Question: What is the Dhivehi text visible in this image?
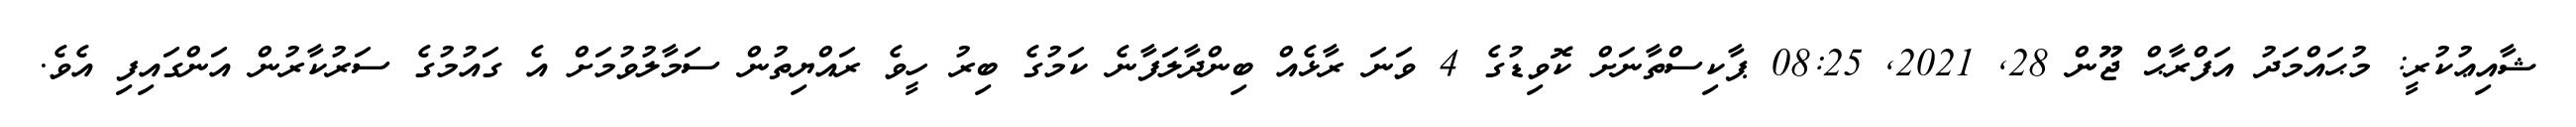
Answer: ޝާއިޢުކުރީ: މުޙައްމަދު އަފްރާޙް ޖޫން 28, 2021, 08:25 ޕާކިސްތާނަށް ކޮވިޑުގެ 4 ވަނަ ރާޅެއް ބިންދާލަފާނެ ކަމުގެ ބިރު ހީވެ ރައްޔިތުން ސަމާލުވުމަށް އެ ގައުމުގެ ސަރުކާރުން އަންގައިފި އެވެ.